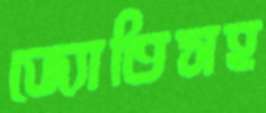
জ্যোতিসহ